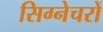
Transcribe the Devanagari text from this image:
सिग्नेचरों